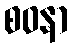
စဝနာ